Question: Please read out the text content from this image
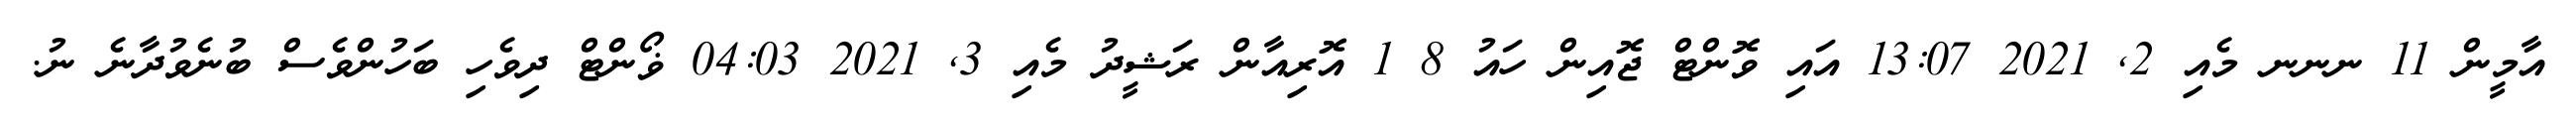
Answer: އާމީން 11 ނނނ މެއި 2, 2021 13:07 އައި ވޮންޓް ޖޮއިން ހައު 8 1 އޮރިއާން ރަޝީދު މެއި 3, 2021 04:03 ޥޯންޓް ދިވެހި ބަހުންވެސް ބުނެވުދާނެ ނު.